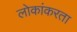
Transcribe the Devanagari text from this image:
लोकांकरता